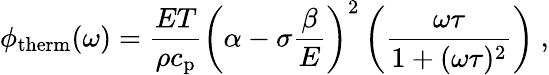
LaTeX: \phi_{\mathrm{therm}}(\omega)=\frac{ET}{\rho c_{\mathrm{p}}}\left(\alpha-\sigma\frac{\beta}{E}\right)^{2}\left(\frac{\omega\tau}{1+(\omega\tau)^{2}}\right)~,